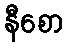
နီစော